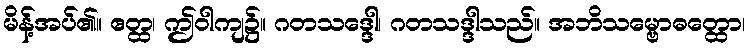
မိန့်အပ်၏။ ဧတ္ထ၊ ဤဝါကျ၌။ ဂတသဒ္ဒေါ၊ ဂတသဒ္ဒါသည်။ အဘိသမ္ဗောဓတ္ထော၊